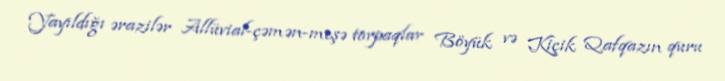
Yayıldığı ərazilər Allüvial-çəmən-meşə torpaqlar Böyük və Kiçik Qafqazın quru